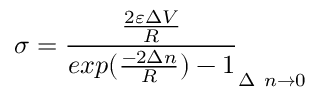
\sigma = \frac { \frac { 2 \varepsilon \Delta V } { R } } { e x p ( \frac { - 2 \Delta n } { R } ) - 1 } _ { \Delta ~ n \rightarrow 0 }